Civil Veterinary Dept. Assam report 1927-50 - 1927-1950
Year: 1927
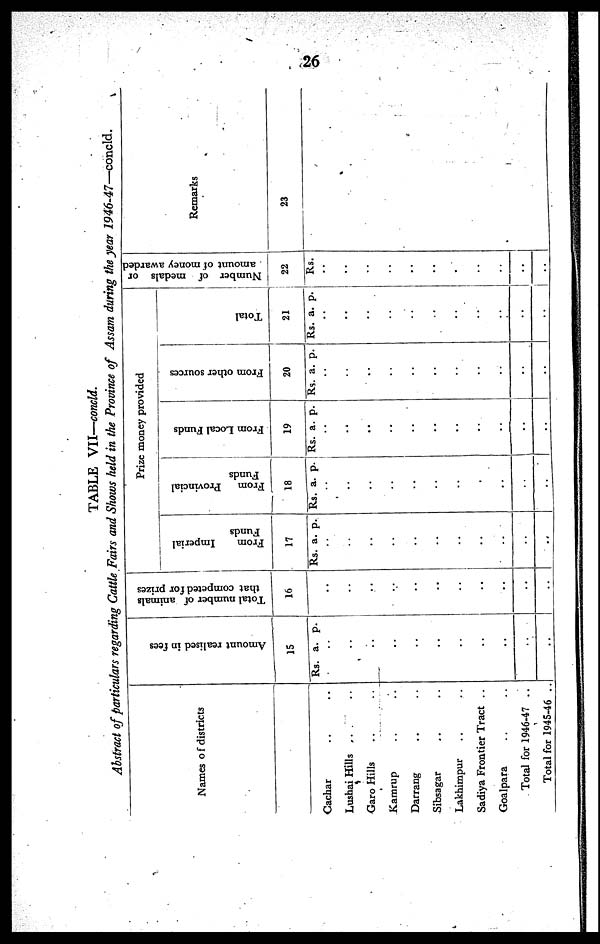
26
TABLE VII—concld.
Abstract of particulars regarding Cattle Fairs and Shows held in the Province of Assam during the year
1946-47—concld.
Names of districts
Cachar .. ..
Lushai Hills .. ..
Garo Hills .. ..
Kamrup .. ..
Darrang .. ..
Sibsagar .. ..
Lakhimpur .. ..
Sadiya Frontier Tract ..
Goalpara .. ..
Total for 1946-47 ..
Total for 1945-46 ..
Amount realised in fees
15
Rs. a. p.
..
..
..
..
..
..
..
..
..
..
..
Total number of animals
that competed for prizes
16
..
..
..
..
..
..
..
..
..
..
..
Prize money provided
From
Imperial
Funds
17
Rs. a. p.
..
..
..
..
..
..
..
..
..
..
..
From Provincial
Funds
18
Rs. a. p.
..
..
..
..
..
..
..
..
..
..
..
From Local Funds
19
Rs. a. p.
..
..
..
..
..
..
..
..
..
..
..
From other sources
20
Rs. a. p.
..
..
..
..
..
..
..
..
..
..
..
Total
21
Rs. a. p.
..
..
..
..
..
..
..
..
..
..
..
Number
of
medals
or
amount of money awarded
22
Rs.
..
..
..
..
..
..
..
..
..
..
..
Remarks
23